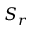
S _ { r }